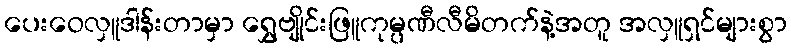
ပေးဝေလှူဒါန်းတာမှာ ရွှေဗျိုင်းဖြူကုမ္ပဏီလီမိတက်နဲ့အတူ အလှူရှင်များစွာ